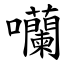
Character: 囒